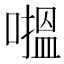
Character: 𱔸